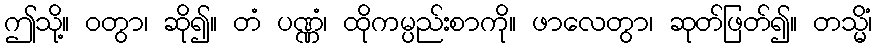
ဤသို့။ ဝတွာ၊ ဆို၍။ တံ ပဏ္ဏံ၊ ထိုကမ္ပည်းစာကို။ ဖာလေတွာ၊ ဆုတ်ဖြတ်၍။ တသ္မိံ၊